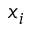
x _ { i }